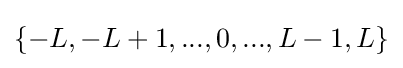
\{-L,-L+1,...,0,...,L-1,L\}